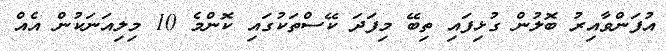
އުފަންވާއިރު ބޮލުން ގުޅިފައި ތިބޭ މިފަދަ ކޭސްތަކުގައި ކޮންމެ 10 މިލިއަނަކުން އެއް